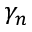
\gamma _ { n }